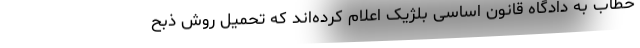
خطاب به دادگاه قانون اساسی بلژیک اعلام کرده‌‌اند که تحمیل روش ذبح